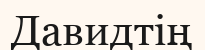
Давидтің